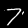
Digit: 7